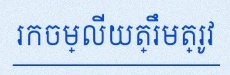
រកចម្លើយត្រឹមត្រូវ